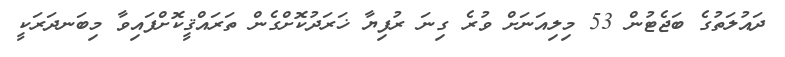
ދައުލަތުގެ ބަޖެޓުން 53 މިލިއަނަށް ވުރެ ގިނަ ރުފިޔާ ޚަރަދުކޮށްގެން ތަރައްޤީކޮށްފައިވާ މިބަނދަރަކީ